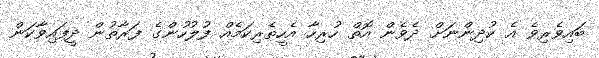
ބައިވެރިވެ އެ ކުދިންނަށް ދެވެން އޮތް ހުރިހާ އެހީތެރިކަމެއް ފުލުހުންގެ ފަރާތުން ދީފައިވާކަން